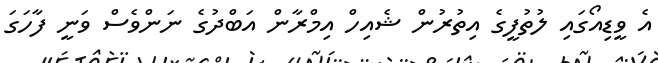
އެ ވީޑިއޯގައި ލުތުފީގެ އިތުރުން ޝެއިހް އިމްރާން އަބްދުގެ ނަންވެސް ވަނީ ފާހަގަ